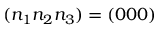
( n _ { 1 } n _ { 2 } n _ { 3 } ) = ( 0 0 0 )